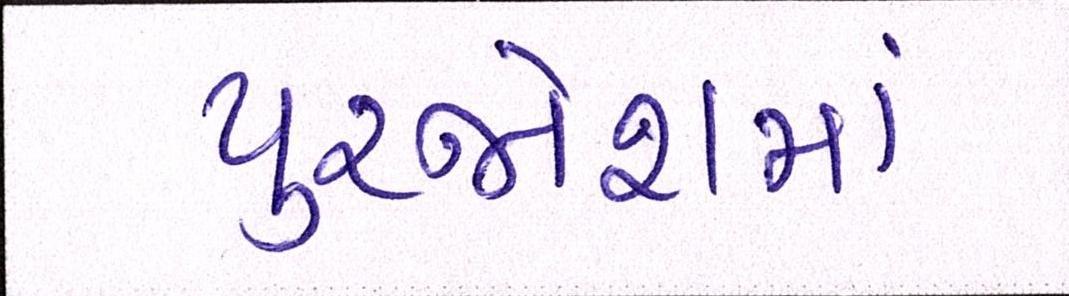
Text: પુરજોશમાં